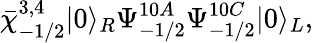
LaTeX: \bar{\chi}_{-1/2}^{3,4}|0\rangle_{R}\Psi_{-1/2}^{10A}\Psi_{-1/2}^{10C}|0\rangle_{L},